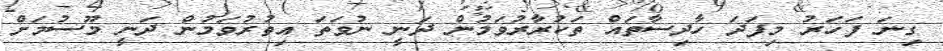
ގިނަ ފަހަރު މިފަދަ ހާދިސާތައް ތަކުރާރުވަމުން ދަނީ ނުވަތަ އިތުރުވަމުން ދަނީ މޫސުމަށް